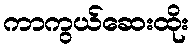
ကာကွယ်ဆေးထိုး